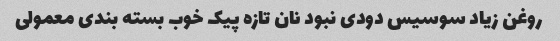
روغن زیاد سوسیس دودی نبود نان تازه پیک خوب بسته بندی معمولی